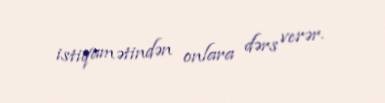
istiqamətindən onlara dərs verər.